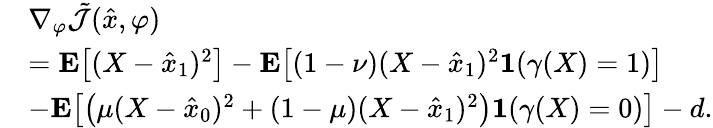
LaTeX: \begin{array}{rl}&{\nabla_{\varphi}\tilde{\mathcal{J}}(\hat{x},\varphi)}\\ &{=\mathbf{E}\big[(X-\hat{x}_{1})^{2}\big]-\mathbf{E}\big[(1-\nu)(X-\hat{x}_{1})^{2}\mathbf{1}(\gamma(X)=1)\big]}\\ &{-\mathbf{E}\big[\big(\mu(X-\hat{x}_{0})^{2}+(1-\mu)(X-\hat{x}_{1})^{2}\big)\mathbf{1}(\gamma(X)=0)\big]-d.}\end{array}